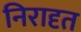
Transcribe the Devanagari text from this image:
निरादृत